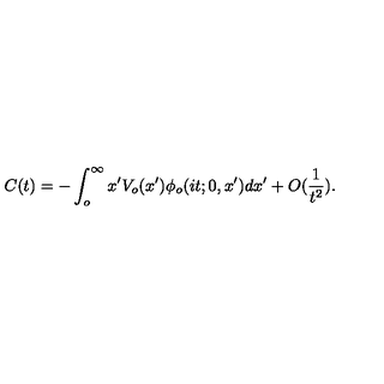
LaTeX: C ( t ) = - \int _ { o } ^ { \infty } x ^ { \prime } V _ { o } ( x ^ { \prime } ) \phi _ { o } ( i t ; 0 , x ^ { \prime } ) d x ^ { \prime } + O ( \frac { 1 } { t ^ { 2 } } ) .